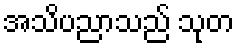
အသိပညာသည် သုတ